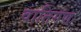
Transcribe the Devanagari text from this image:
वातिगण